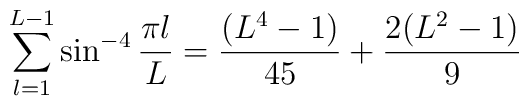
\sum_{l=1}^{L-1} \sin^{-4} {\pi l\over L}={(L^4 - 1) \over 45}+ {2 (L^2 - 1) \over 9}